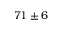
7 1 \pm 6